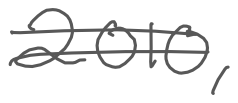
Text: 2010,
Cross-out: double-line
Writing tool: digital_gray